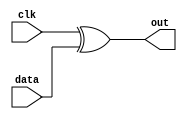
module man_encoder(clk, data, out);
	input wire clk, data;
	output reg out;

	assign out = clk ^ data;

endmodule